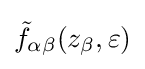
{\tilde {f}}_{\alpha \beta }(z_{\beta },\varepsilon )